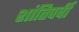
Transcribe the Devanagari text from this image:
शांतिपर्वी